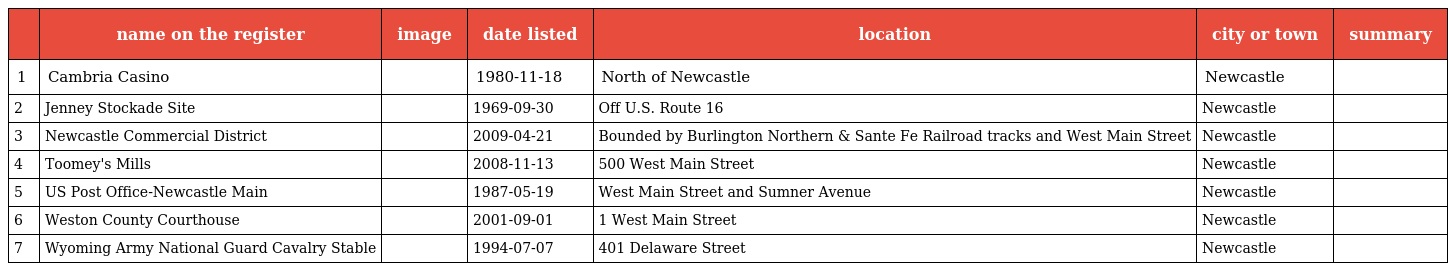
|  | name on the register | image | date listed | location | city or town | summary |
 | --- | --- | --- | --- | --- | --- | --- |
 | 1 | Cambria Casino |  | 1980-11-18 | North of Newcastle | Newcastle |  |
 | 2 | Jenney Stockade Site |  | 1969-09-30 | Off U.S. Route 16 | Newcastle |  |
 | 3 | Newcastle Commercial District |  | 2009-04-21 | Bounded by Burlington Northern & Sante Fe Railroad tracks and West Main Street | Newcastle |  |
 | 4 | Toomey's Mills |  | 2008-11-13 | 500 West Main Street | Newcastle |  |
 | 5 | US Post Office-Newcastle Main |  | 1987-05-19 | West Main Street and Sumner Avenue | Newcastle |  |
 | 6 | Weston County Courthouse |  | 2001-09-01 | 1 West Main Street | Newcastle |  |
 | 7 | Wyoming Army National Guard Cavalry Stable |  | 1994-07-07 | 401 Delaware Street | Newcastle |  |